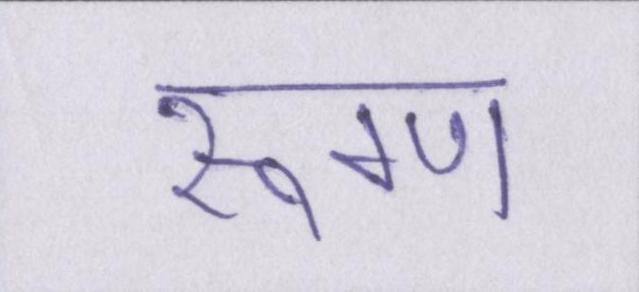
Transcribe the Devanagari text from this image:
रूग्ण